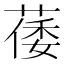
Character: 䔀